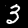
Digit: 3